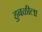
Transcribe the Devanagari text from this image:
हुबळीला